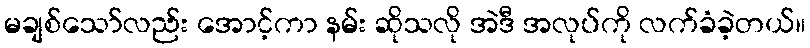
မချစ်သော်လည်း အောင့်ကာ နမ်း ဆိုသလို အဲဒီ အလုပ်ကို လက်ခံခဲ့တယ်။